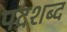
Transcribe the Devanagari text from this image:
पदशब्द